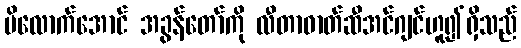
မိလောက်အောင် အခွန်တော်ကို လီတာဓာတ်ဆီအင်ဂျင်ဟူ၍ရှိသည်